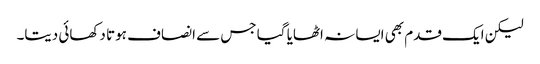
لیکن ایک قدم بھی ایسا نہ اٹھایا گیا جس سے انصاف ہوتا دکھائی دیتا۔